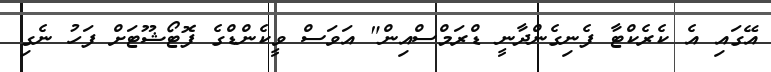
އޭގައި އެ ކެރެކްޓާ ފެނިގެންދާނީ ޑްރަމްސްއިން" އަވަސް ވީކެންޑްގެ ފޮޓޯޝޫޓަށް ފަހު ނެގި